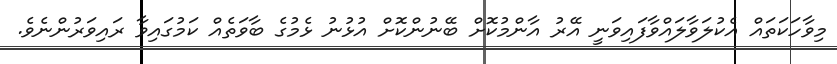
މިވާހަކަތައް އެކުލަވާލައްވާފައިވަނީ އޭރު އާންމުކޮށް ބޭނުންކޮށް އުޅުނު ޅެމުގެ ބާވަތެއް ކަމުގައިވާ ރައިވަރުންނެވެ.